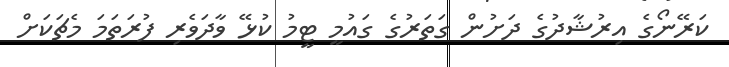
ކަރޭނޯގެ އިރުޝާދުގެ ދަށުން ގަތަރުގެ ގައުމީ ޓީމު ކުޅޭ ވާދަވެރި ފުރަތަމަ މެޗަކަށް